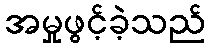
အမှုဖွင့်ခဲ့သည်